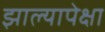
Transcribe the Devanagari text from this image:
झाल्यापेक्षा